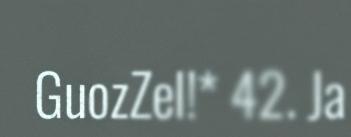
GuozZel!* 42. Ja